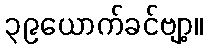
၃၉ယောက်ခင်ဗျာ့။